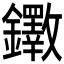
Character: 𫓡